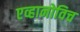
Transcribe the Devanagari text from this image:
एव्हानोविच